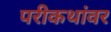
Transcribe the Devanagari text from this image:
परीकथांवर